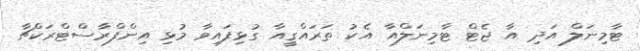
ޓާމިނަލް އަދި އާ ޖެޓް ޓާމިނަލްއާ އެކު ތަރައްގީއާ ގުޅިފައިވާ މުޅި އިންފްރާސްޓްރަކްޗާ